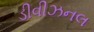
ડીવીઝનલ